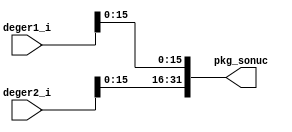
// pkg_unit.v

`timescale 1ns / 1ps

module pkg_unit(
   input [31:0] deger1_i,
   input [31:0] deger2_i,
   output [31:0] pkg_sonuc
);
   assign pkg_sonuc = {deger2_i[15:0],deger1_i[15:0]};
endmodule